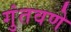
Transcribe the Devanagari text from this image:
गुंतवणे